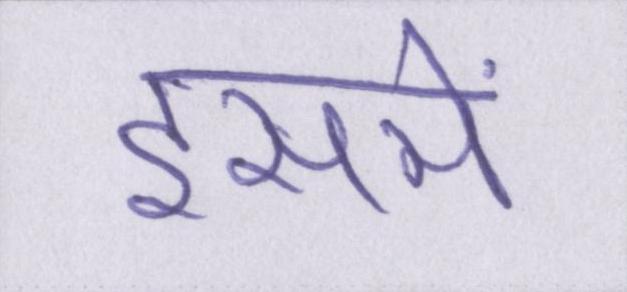
इसमें